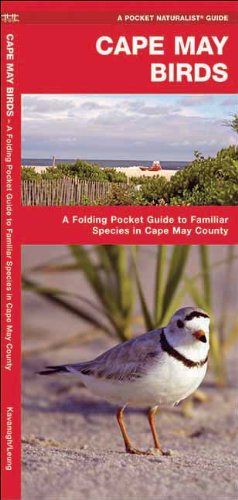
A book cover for Cape May Birds: A Folding Pocket Guide to Familiar Species in Cape May County (Pocket Naturalist Guide Series); James Kavanagh; Travel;